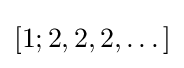
[1;2,2,2,\dots ]